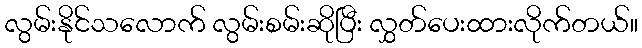
လွမ်းနိုင်သလောက် လွမ်းစမ်းဆိုပြီး လွှတ်ပေးထားလိုက်တယ်။